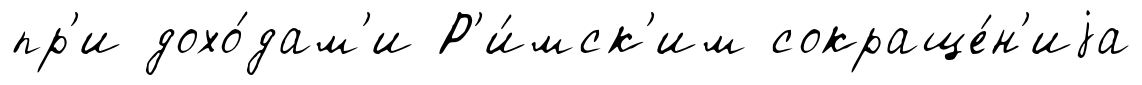
пр'и дохо́дам'и Р'и́мск'им сокраще́н'иjа